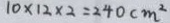
1 0 \times 1 2 \times 2 = 2 4 0 c m ^ { 2 }